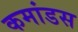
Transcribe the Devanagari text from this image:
कमांडस